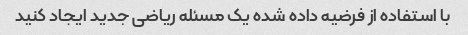
با استفاده از فرضیه داده شده یک مسئله ریاضی جدید ایجاد کنید